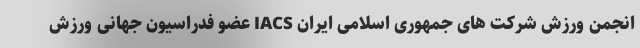
انجمن ورزش شرکت های جمهوری اسلامی ایران IACS عضو فدراسیون جهانی ورزش